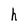
Character: h